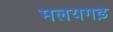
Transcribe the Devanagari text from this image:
मलयगढ़